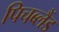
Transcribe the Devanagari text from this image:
पिचब्लैंड